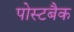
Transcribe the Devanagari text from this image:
पोस्टबैक